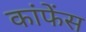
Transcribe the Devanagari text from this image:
कांफेंस